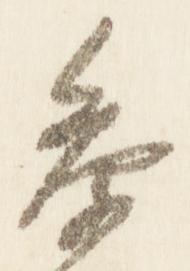
参